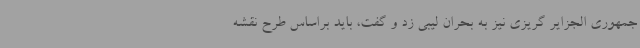
جمهوری الجزایر گریزی نیز به بحران لیبی زد و گفت، باید براساس طرح نقشه‌